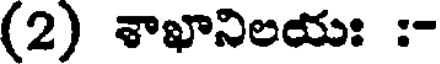
(2) శాఖానిలయః :-